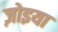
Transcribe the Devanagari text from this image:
ज़ोइया